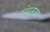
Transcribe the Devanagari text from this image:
संबलका